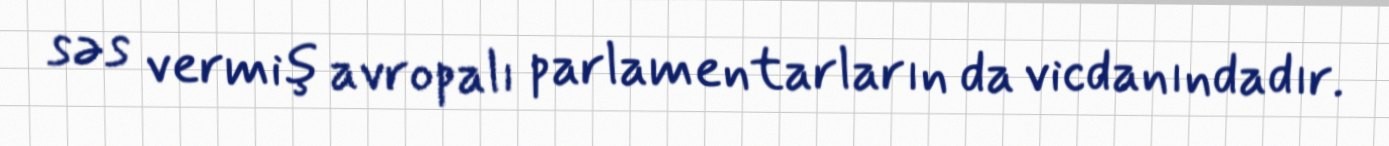
səs vermiş avropalı parlamentarların da vicdanındadır.